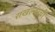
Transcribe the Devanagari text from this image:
राखल्याची